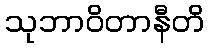
သုဘာဝိတာနီတိ